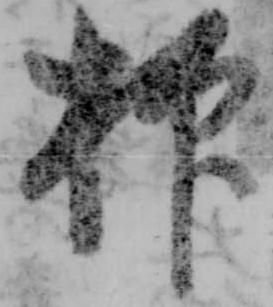
抑